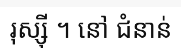
រុស្ស៊ី ។ នៅ ជំនាន់